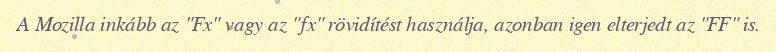
A Mozilla inkább az "Fx" vagy az "fx" rövidítést használja, azonban igen elterjedt az "FF" is.